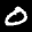
Label: 0